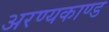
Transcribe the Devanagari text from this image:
अरण्‍यकाण्‍ड